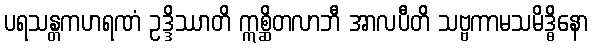
ပရသန္တကဟရဏံ ဥဒ္ဒိဿာတိ ဣစ္ဆိတလာဘီ အာလပီတိ သဗ္ဗကာမသမိဒ္ဓိနော